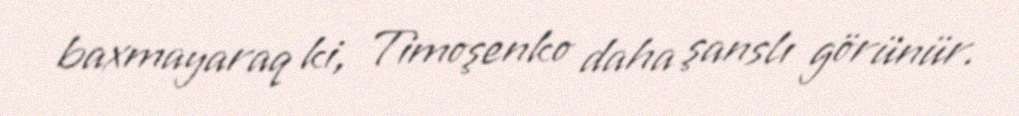
baxmayaraq ki, Timoşenko daha şanslı görünür.